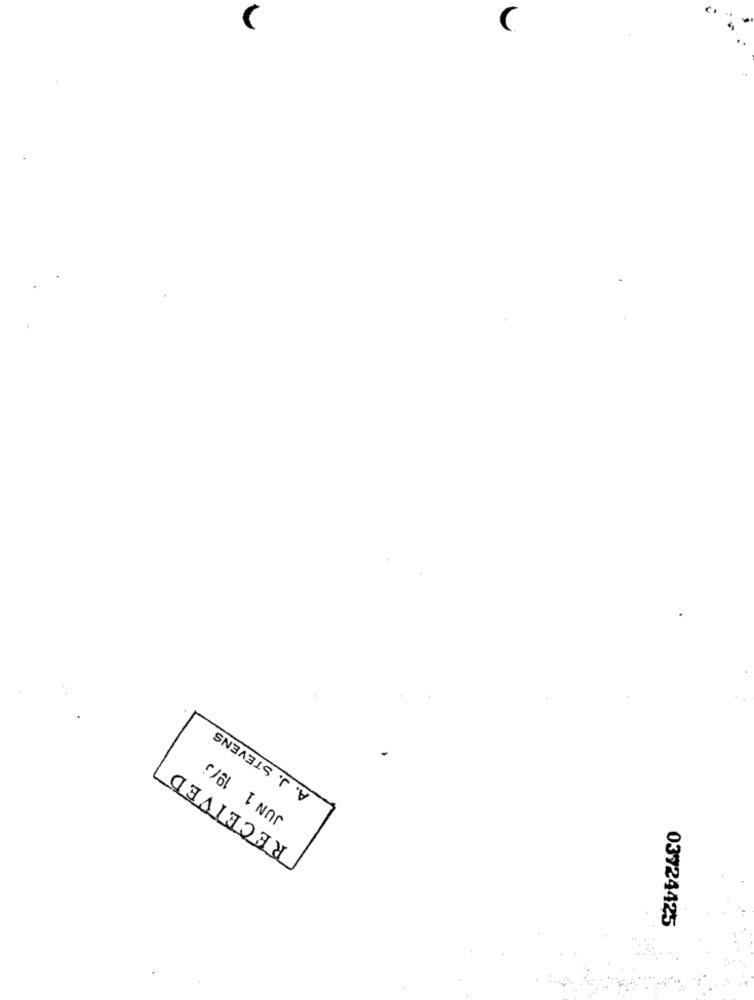
C
A. J. STEVENS
JUN 1 19/3
RECEIVED
03724425